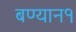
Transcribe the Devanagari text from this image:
बण्यान१